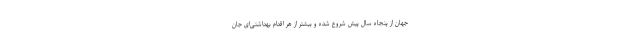
جهان از پنجاه سال پیش شروع شده و بیشتر از هر اقدام بهداشتی‌ای جان